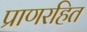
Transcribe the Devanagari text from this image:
प्राणरहित